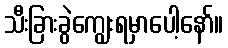
သီးခြားခွဲကျွေးရမှာပေါ့နော်။